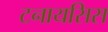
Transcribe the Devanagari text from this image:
टनायसिस